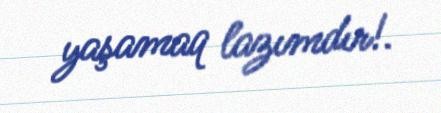
yaşamaq lazımdır!.